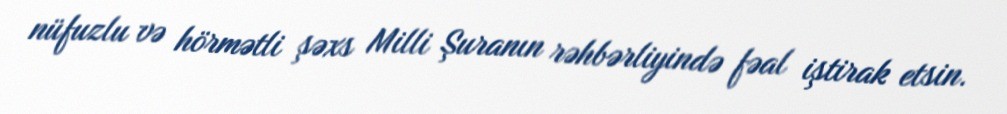
nüfuzlu və hörmətli şəxs Milli Şuranın rəhbərliyində fəal iştirak etsin.